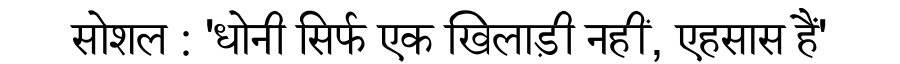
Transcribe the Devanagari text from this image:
सोशल : 'धोनी सिर्फ एक खिलाड़ी नहीं, एहसास हैं'